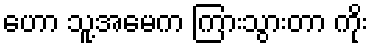
ဟော သူ့အမေက ကြားသွားတာ ကိုး